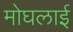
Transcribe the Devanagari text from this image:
मोघलाई